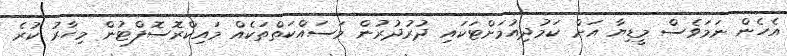
އެހެން ނަމަވެސް މީޑިޔާ އަށް ކަމުދިއުމަށްޓަކައި ދުރުދުރުން މަސައްކަތްތަކެއް މައިކްރޮސޮފްޓުން މިހާރު ކުރެ